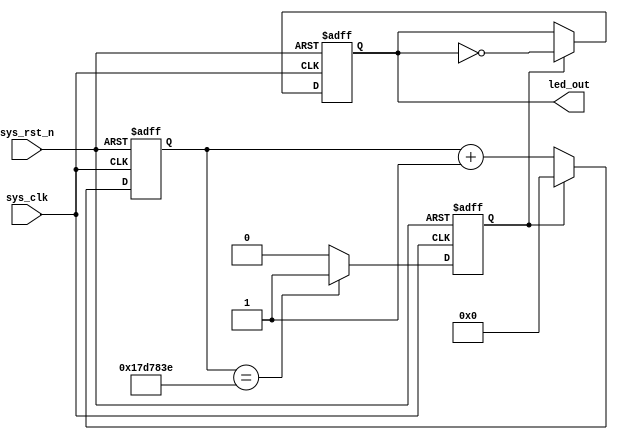
module counter
#
(
	parameter CNT_MA = 25'd24_999_999	
)
(
	input wire sys_clk,
	input wire sys_rst_n,
	
	output reg led_out
);


reg [24:0] 	cnt;
reg 		cnt_flag;

always@(posedge sys_clk or negedge sys_rst_n)
	if(!sys_rst_n)
		cnt <= 25'b0;
	else if(cnt_flag == 1'b1)
		cnt <= 25'b0;
/* 	else if(cnt == CNT_MA)
		cnt <= 25'b0; */
	else
		cnt <= cnt + 25'd1;
		
always@(posedge sys_clk or negedge sys_rst_n)
	if(!sys_rst_n)
		cnt_flag <= 1'b0;
	else if(cnt == CNT_MA - 25'd1)
		cnt_flag <= 1'b1;
	else
		cnt_flag <= 0;
	
always@(posedge sys_clk or negedge sys_rst_n)
	if(!sys_rst_n)
		led_out <= 1'b0;
	else if(cnt_flag == 1'b1)
		led_out <= ~led_out;
	else	
		led_out <= led_out;

endmodule